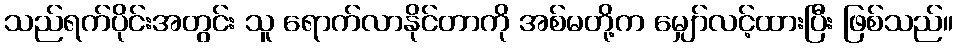
သည်ရက်ပိုင်းအတွင်း သူ ရောက်လာနိုင်တာကို အစ်မတို့က မျှော်လင့်ထားပြီး ဖြစ်သည်။